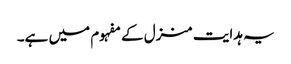
یہ ہدایت منزل کے مفہوم میں ہے۔